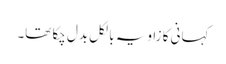
کہانی کا زاویہ بالکل بدل چکا تھا۔